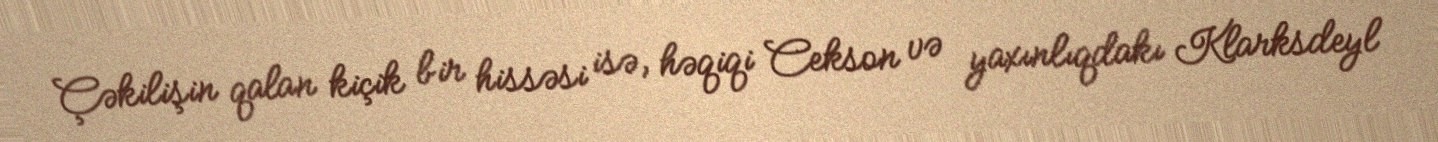
Çəkilişin qalan kiçik bir hissəsi isə, həqiqi Cekson və yaxınlıqdakı Klarksdeyl